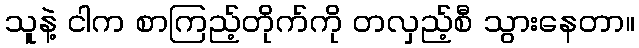
သူနဲ့ ငါက စာကြည့်တိုက်ကို တလှည့်စီ သွားနေတာ။